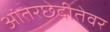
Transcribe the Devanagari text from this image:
आंतरछेदीतेवर